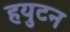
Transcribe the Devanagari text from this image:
हयुटन